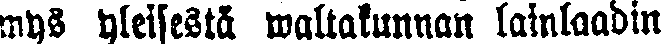
mys yleisestä waltakunnan lainlaadin